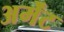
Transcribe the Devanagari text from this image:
अर्मेंट